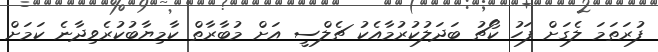
ފުރަތަމަ ލެގަށް ފަހު ކޯޗު ބަދަލުކުރުމާއެކު ޗެލްސީ އަށް މުބާރާތް ކާމިޔާބުކުރެވިދާނެ ކަމަށް